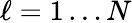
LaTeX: \ell=1\ldots N